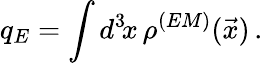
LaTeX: q_{E}=\int d^{3}\! x\, \rho^{(EM)}(\vec{x})\, .